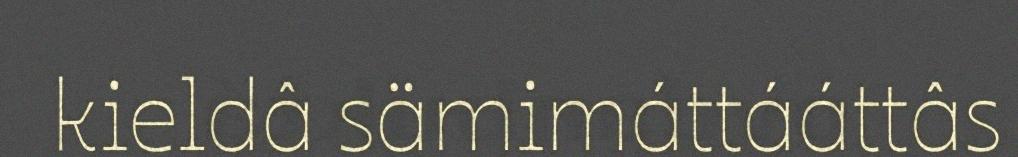
kieldâ sämimáttááttâs